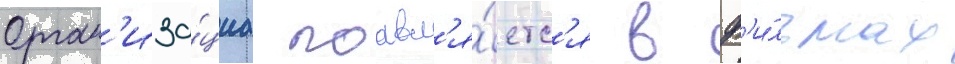
Орган'иза́циа поавл'я́етс'я в ф'и́льмах